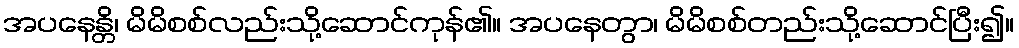
အပနေန္တိ၊ မိမိစစ်လည်းသို့ဆောင်ကုန်၏။ အပနေတွာ၊ မိမိစစ်တည်းသို့ဆောင်ပြီး၍။